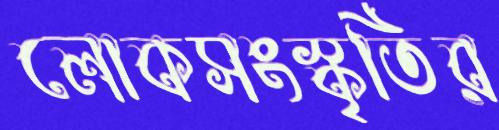
লোকসংস্কৃতির